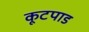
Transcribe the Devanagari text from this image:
कूटपाड